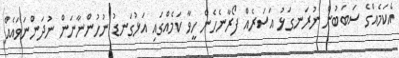
އެކަމެއްގެ ސަބަބުން ނުރަނގަޅު އަސަރެއް ފޯރާނެހެން ހީވާ ކަމެއްގައި އަޅުގަނޑު ނުހުންނާނަން ނުދަންނަވައެއް